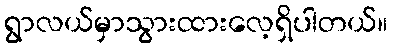
ရွာလယ်မှာသွားထားလေ့ရှိပါတယ်။